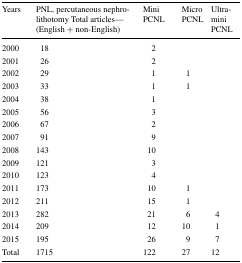
| Years | PNL, percutaneous nephrolithotomy Total articles—(English + non-English) | Mini PCNL | Micro PCNL | Ultra-mini PCNL |
 | --- | --- | --- | --- | --- |
 | 2000 | 18 | 2 |  |  |
 | 2001 | 26 | 2 |  |  |
 | 2002 | 29 | 1 | 1 |  |
 | 2003 | 33 | 1 | 1 |  |
 | 2004 | 38 | 1 |  |  |
 | 2005 | 56 | 3 |  |  |
 | 2006 | 67 | 2 |  |  |
 | 2007 | 91 | 9 |  |  |
 | 2008 | 143 | 10 |  |  |
 | 2009 | 121 | 3 |  |  |
 | 2010 | 123 | 4 |  |  |
 | 2011 | 173 | 10 | 1 |  |
 | 2012 | 211 | 15 | 1 |  |
 | 2013 | 282 | 21 | 6 | 4 |
 | 2014 | 209 | 12 | 10 | 1 |
 | 2015 | 195 | 26 | 9 | 7 |
 | Total | 1715 | 122 | 27 | 12 |